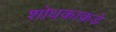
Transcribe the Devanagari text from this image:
शोधकाकडे